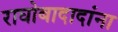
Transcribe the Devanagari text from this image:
राघोबादादांना